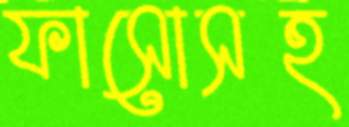
ফাসোসহ